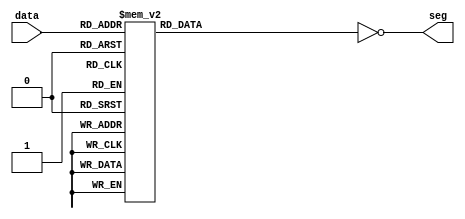
module seg_7(input [3:0]  data,
	     output [6:0] seg);

   reg [6:0] seg2;

   assign seg = ~seg2;

   always@(*) begin
      case(data)
	4'h0: seg2 = 7'b1111110; // 0x01
	4'h1: seg2 = 7'b0110000; // 0x4f
	4'h2: seg2 = 7'b1101101; // 0x12
	4'h3: seg2 = 7'b1111001; // 0x06
	4'h4: seg2 = 7'b0110011; // 0x
	4'h5: seg2 = 7'b1011011; // 0x24
	4'h6: seg2 = 7'b1011111; // 5f
	4'h7: seg2 = 7'b1110000; // 70
	4'h8: seg2 = 7'b1111111; // 7f
	4'h9: seg2 = 7'b1111011; // 7b
	4'hA: seg2 = 7'b1110111;
	4'hB: seg2 = 7'b0011111;
	4'hC: seg2 = 7'b1001110;
	4'hD: seg2 = 7'b0111101;
	4'hE: seg2 = 7'b1001111;
	4'hF: seg2 = 7'b1000111;
	default: seg2 = 0;
      endcase
   end
endmodule